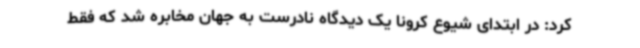
کرد: در ابتدای شیوع کرونا یک دیدگاه نادرست به جهان مخابره شد که فقط